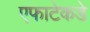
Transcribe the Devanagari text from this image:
एफाटेकडे